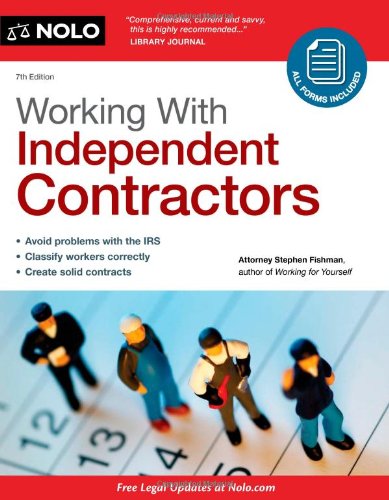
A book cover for Working With Independent Contractors (Working with Independent Contractors: The Employer's Legal Guide); Business & Money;